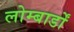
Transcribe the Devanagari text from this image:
लोम्बार्डों